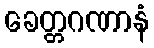
ခေတ္တဂဏာနံ